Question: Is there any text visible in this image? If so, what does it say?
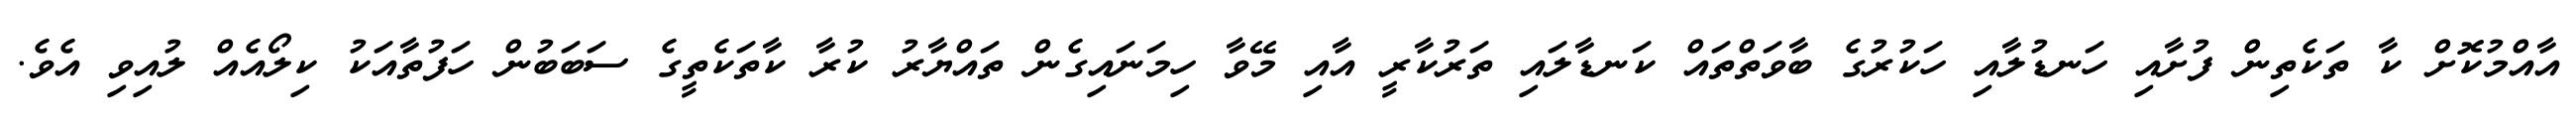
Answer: އާއްމުކޮށް ކާ ތަކެތިން ފުށާއި ހަނޑުލާއި ހަކުރުގެ ބާވަތްތައް ކަނޑާލައި ތަރުކާރީ އާއި މޭވާ ހިމަނައިގެން ތައްޔާރު ކުރާ ކާތަކެތީގެ ސަބަބުން ހަފުތާއަކު ކިލޯއެއް ލުއިވި އެވެ.